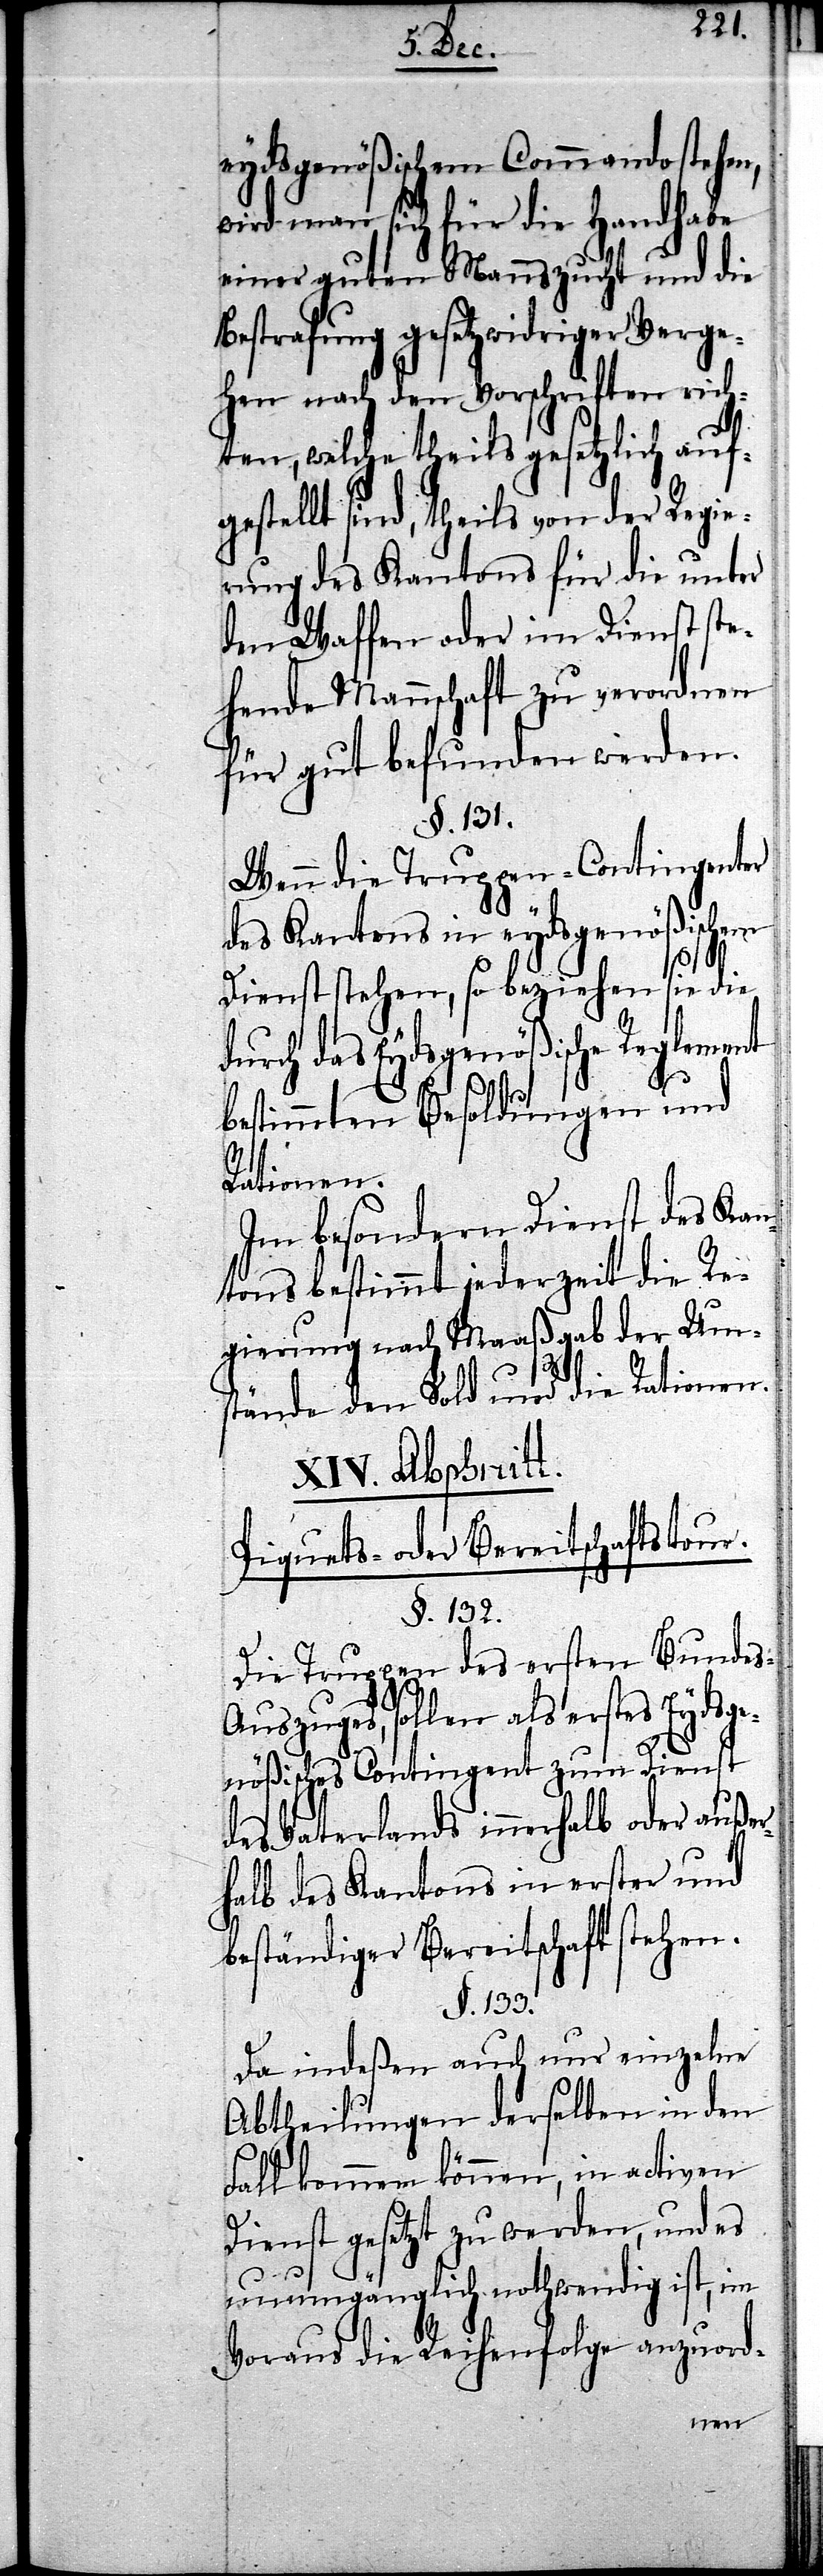
eydsgenößischem Commando stehen,
wird man sich für die Handhabe
einer guten Mannszucht und die
Bestrafung gesetzwidriger Verge¬
hen nach den Vorschriften rich¬
ten, welche theils gesetzlich aufg¬
estellt sind, theils von der Regie¬
rung des Kantons für die unter
den Waffen oder im Dienst ste¬
hende Mannschaft zu verordnen
für gut befunden werden.
§. 131.
Wenn die Truppen-Contingenter
des Kantons in eydsgenößischem
Dienst stehen, so beziehen sie die
durch das Eydsgenößische Reglement
bestimmten Besoldungen und
Rationen.
Im besondern Dienst des Kan¬
tons bestimmt jederzeit die Re¬
gierung nach Maaßgab der Ums¬
tände den Sold und die Rationen.
XIV. Abschnitt.
Piquets- oder Bereitschaftstour.
§. 132.
Die Truppen des ersten Bunde¬
s-Auszuges, sollen als erstes Eydsge¬
nößisches Contingent zum Dienst
des Vaterlands innerhalb oder auße¬
rhalb des Kantons in erster und
beständiger Bereitschaft stehen.
§. 133.
Da indeßen auch nur einzelne
Abtheilungen derselben in den
Fall kommen können, in activen
Dienst gesetzt zu werden, und es
unumgänglich nothwendig ist, im
Voraus die Reihenfolge anzuord-